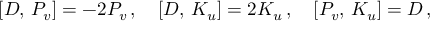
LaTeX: { } [ D , \, P _ { v } ] = - 2 P _ { v } \, , \quad { } [ D , \, K _ { u } ] = 2 K _ { u } \, , \quad { } [ P _ { v } , \, K _ { u } ] = D \, ,